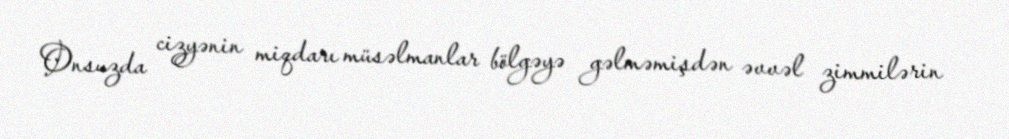
Onsuzda cizyənin miqdarı müsəlmanlar bölgəyə gəlməmişdən əvvəl zimmilərin